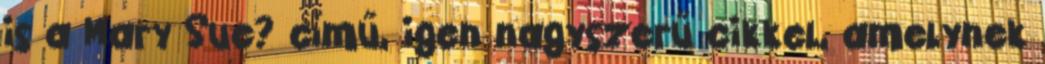
is a Mary Sue? című, igen nagyszerű cikkel, amelynek